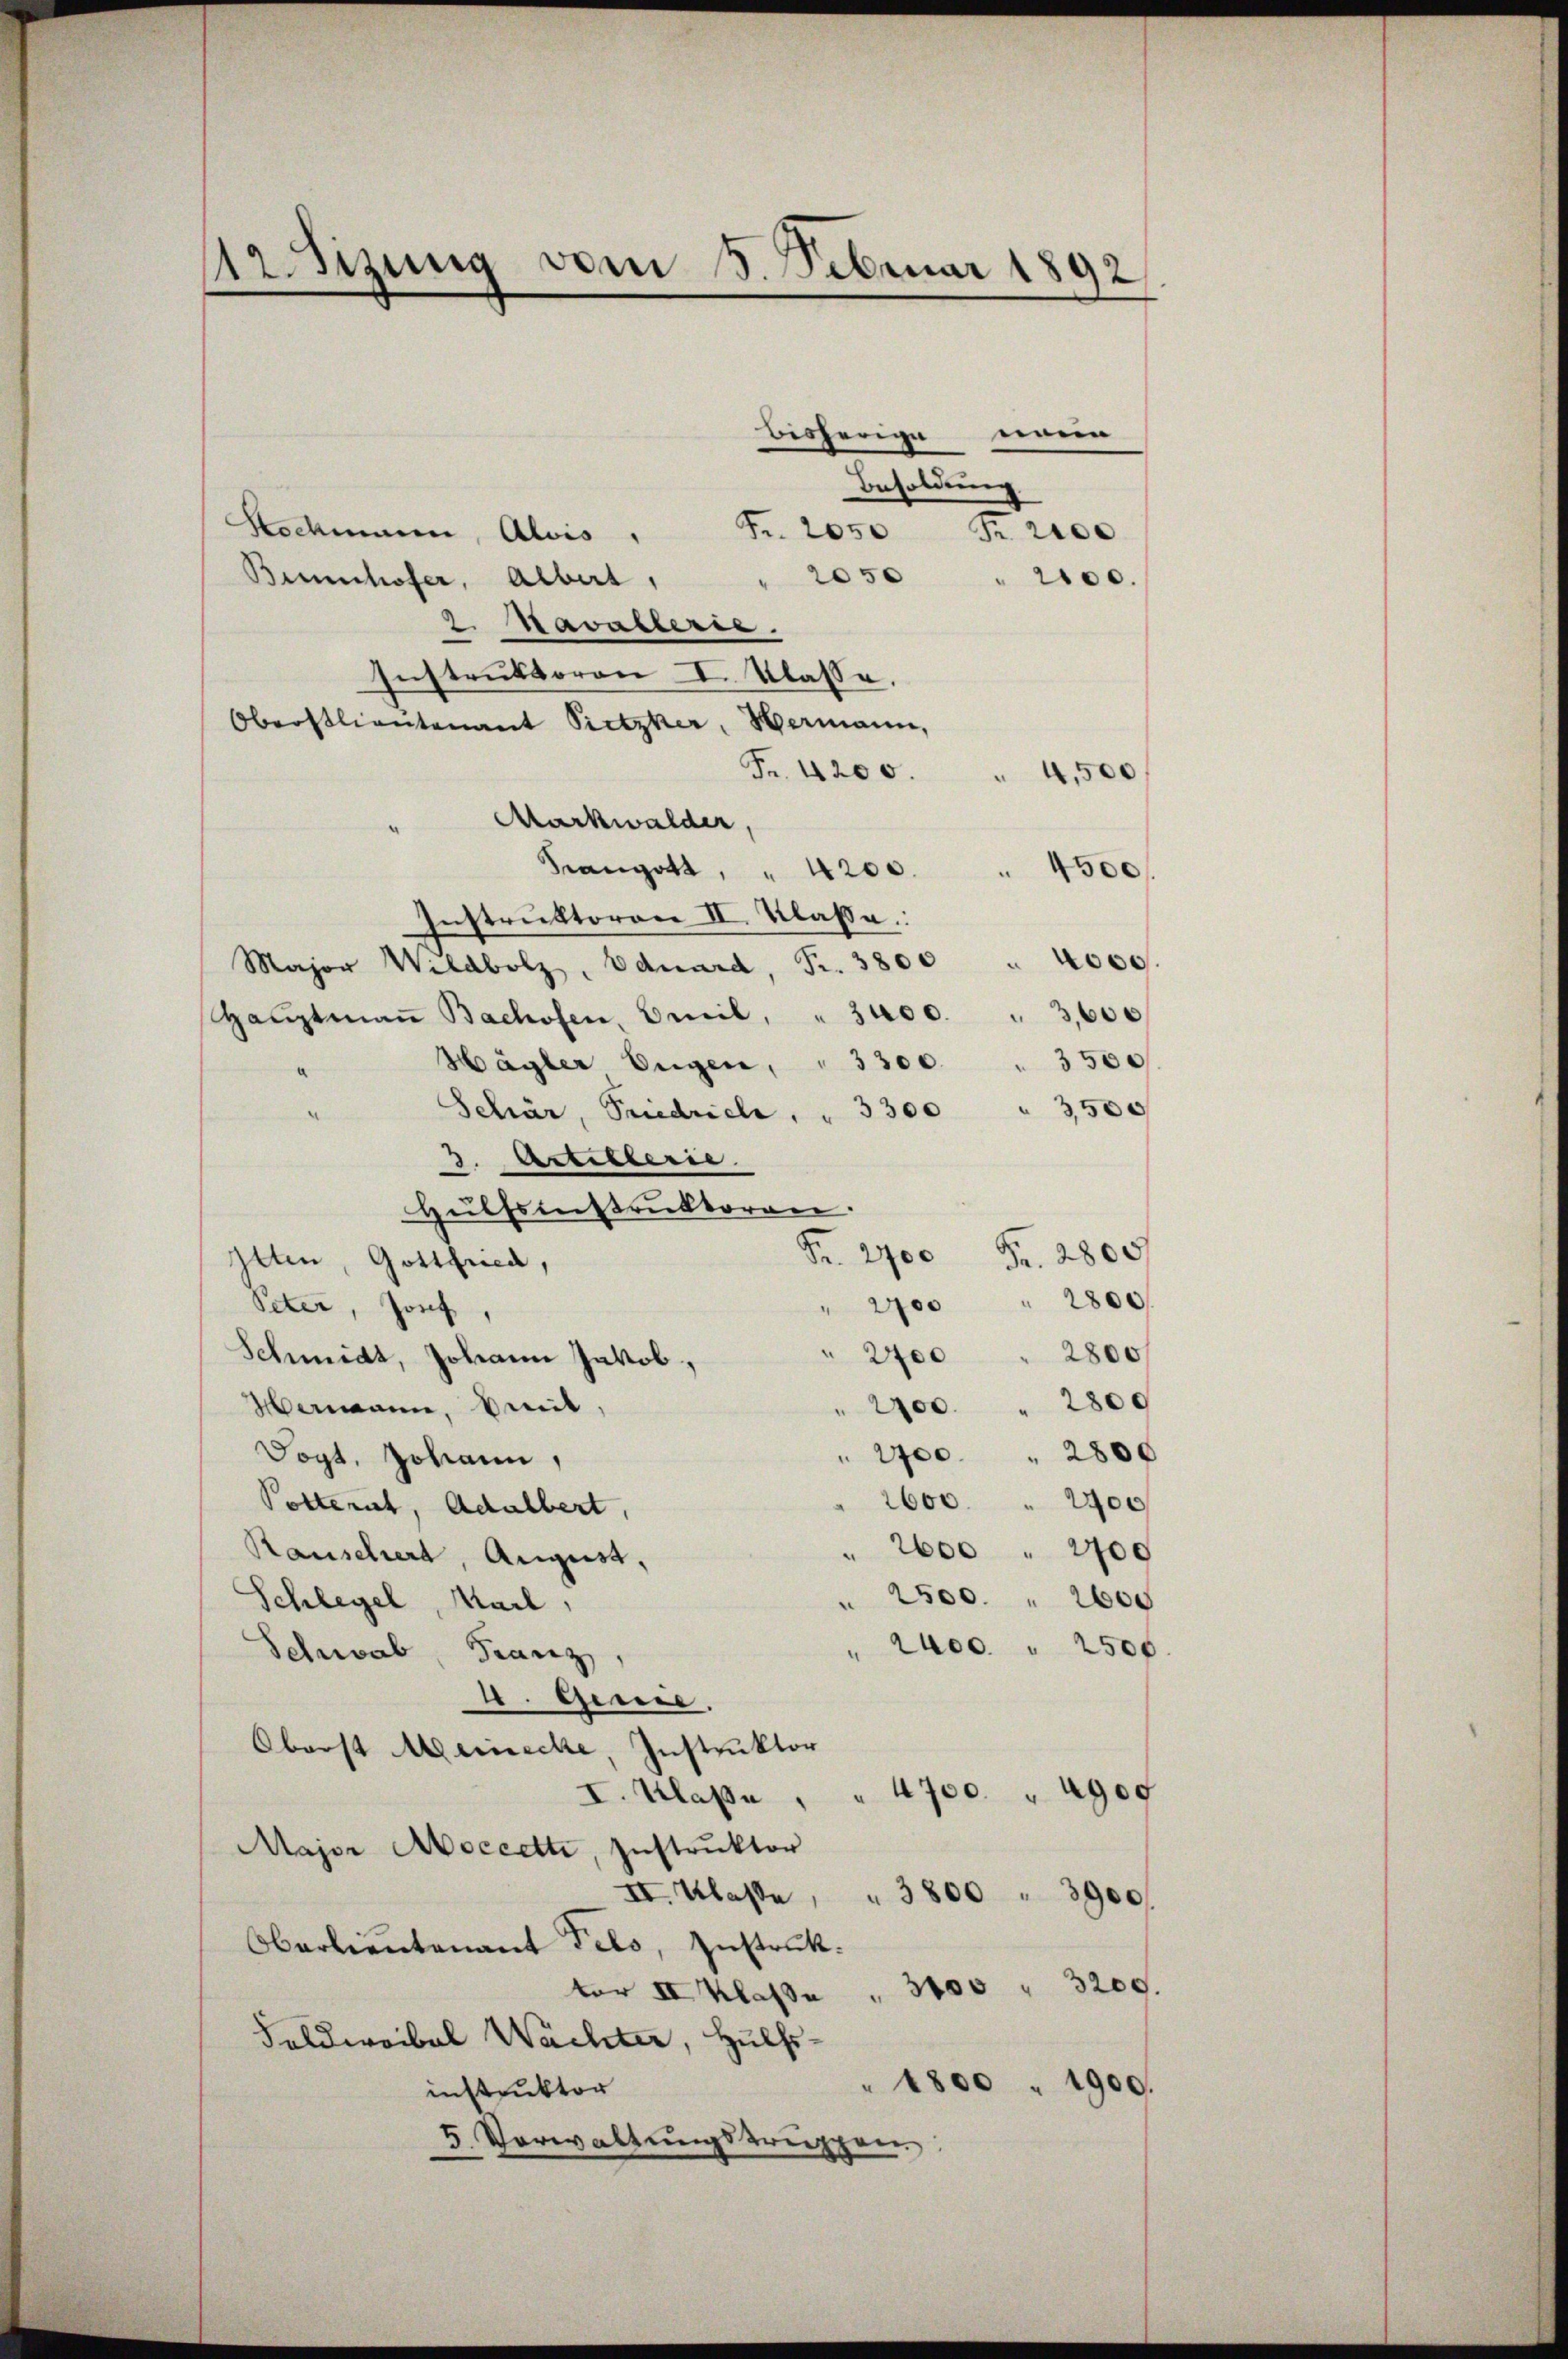
Ursizung vom 8. Februar 1892

men
bisherige
Besoldung
Hochmann, Alois Fr. 2050 Fr. 2100
" 2050 " 2100.
Benhofer, Albert,
2. Kavallerie.
Instruktoren I. Klasse.
Oberstlieutenant Pietzher, Hermann,
Fr. 4200.
4,500
Markwalder,
Fangott, " 4200.
4500
Instruktoren II. Klasse.
Major Wildbolz, Eduard, Fr. 3800 " 4000.
Haŭptmaṅ Bachofen, Emil " 3400. " 3,600
Hägler Eugen, " 3300 " 3500
Schär, Priedricle " " 3300 " 3500
3. Artillerie
Hülfsinstruktoren.
Fr. 2700 Fr. 2800
Itten, Gottfried,
" 2700 " 2800
Peter, Josef
" 2700 " 2800
Schmidt, Johann Jakob,
" 2700 " 2800
Hermann, mit
" 2700 " 2800
Sogt. Johann,
 2600 " 2400
Potterich, Adalbert,
" 2600 " 2700
Rauschiert, August,
2500. 2600
Schlegel, Karl,
aec. 2500
Schwab, Franz,
I. Genie.
Oberst Meinecke, Instruktor
I. Klasse " " 4700 " 4900
Major Aoccette, Instrŭktor
II. Klasse
" 3800 " 3900/
Oberlieutenant Fels, zustruk
ter II Klasse " 3400 " 3200.
Feldweibel Wachter, Hülfs-
" 1800 " 1900.
instruktor
.
3. Vorwaltungstruppen